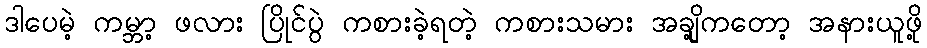
ဒါပေမဲ့ ကမ္ဘာ့ ဖလား ပြိုင်ပွဲ ကစားခဲ့ရတဲ့ ကစားသမား အချို့ကတော့ အနားယူဖို့